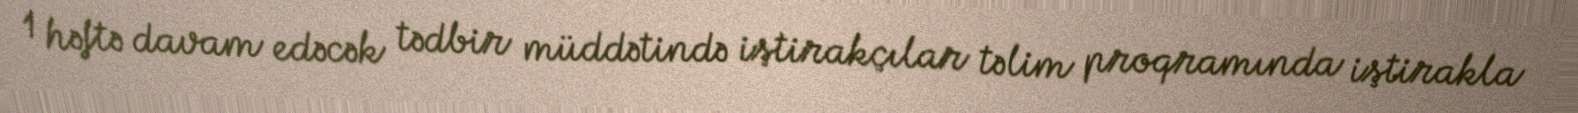
1 həftə davam edəcək tədbir müddətində iştirakçılar təlim proqramında iştirakla